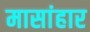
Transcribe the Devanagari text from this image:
मासांहार